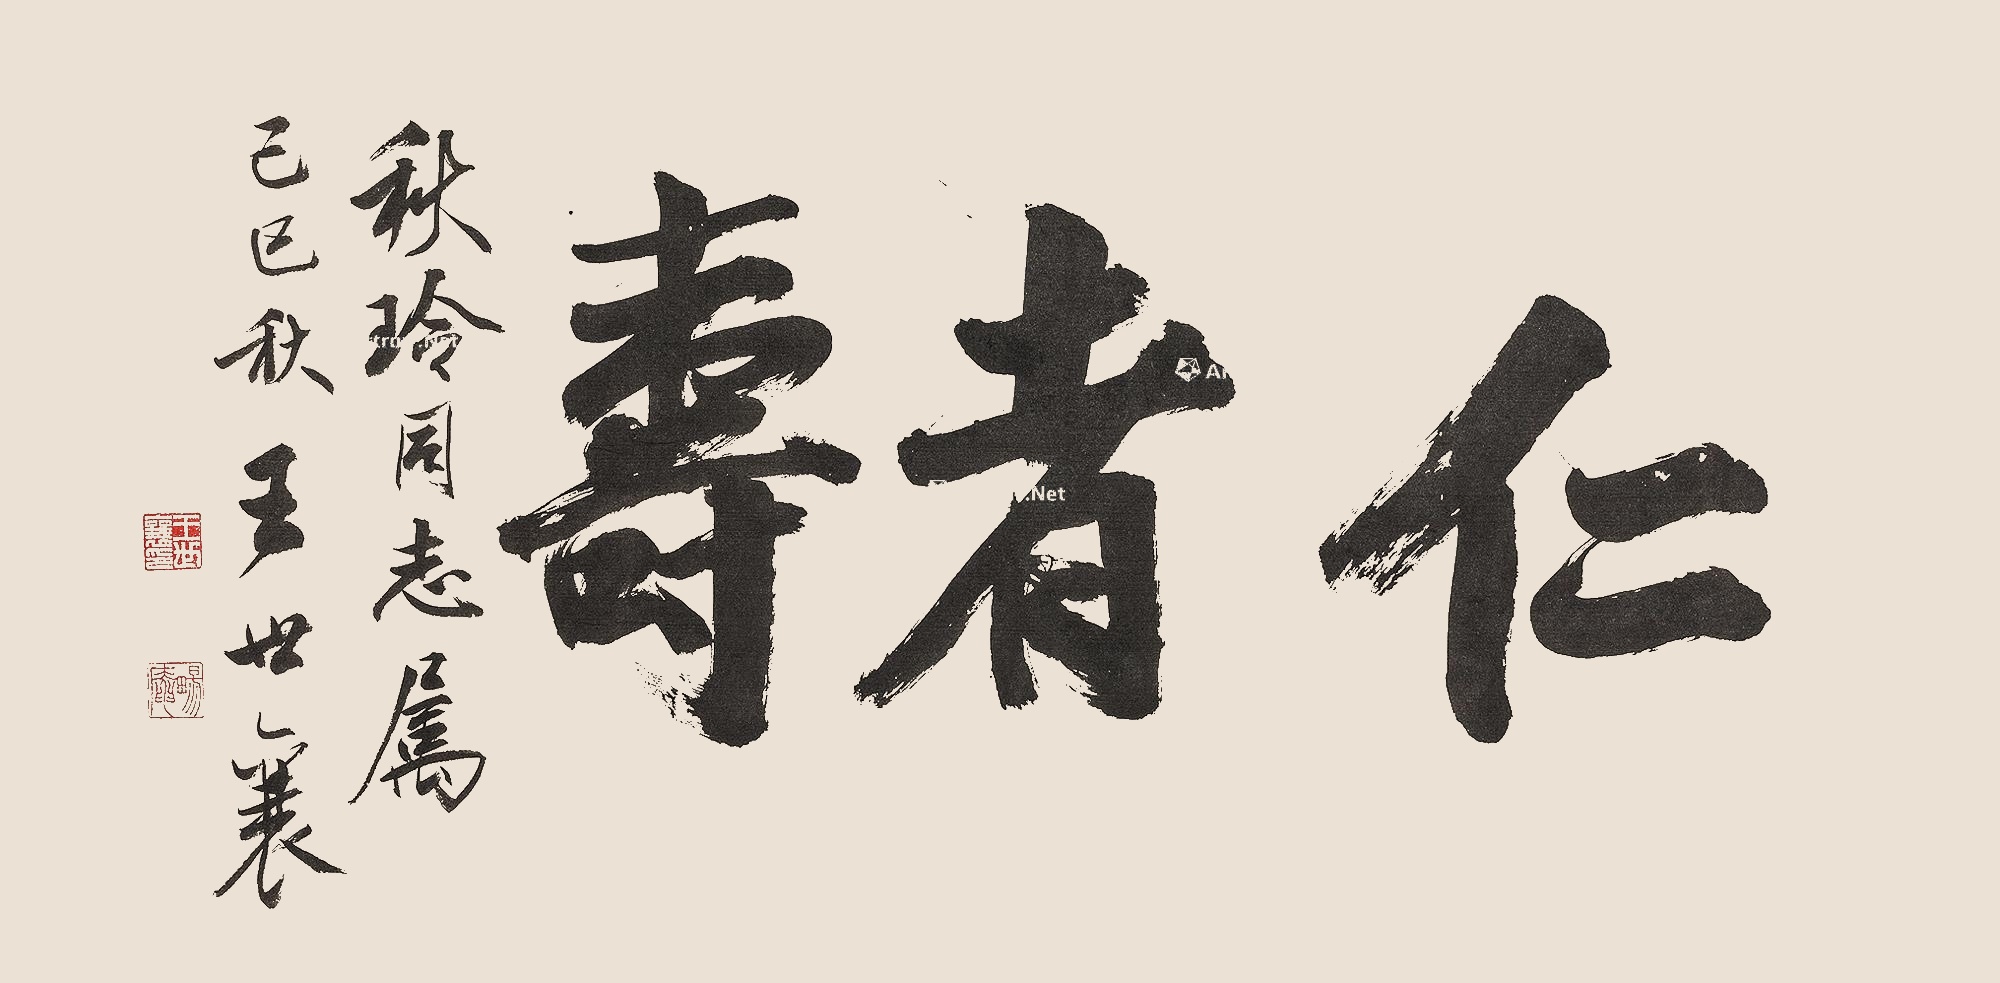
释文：仁者寿秋玲同志属。己巳秋，王世襄。